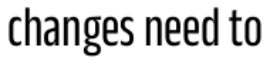
changes need to